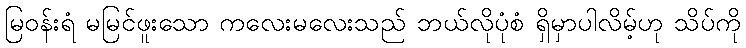
မြဝန်းရံ မမြင်ဖူးသော ကလေးမလေးသည် ဘယ်လိုပုံစံ ရှိမှာပါလိမ့်ဟု သိပ်ကို